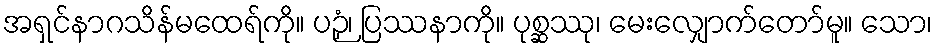
အရှင်နာဂသိန်မထေရ်ကို။ ပဉှံ၊ ပြဿနာကို။ ပုစ္ဆဿု၊ မေးလျှောက်တော်မူ။ သော၊